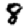
Digit: 8